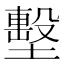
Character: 墼